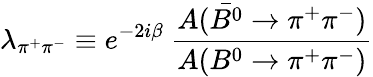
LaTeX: \lambda_{\pi^{+}\pi^{-}}\equiv e^{-2i\beta}~\frac{A(\bar{B^{0}}\to\pi^{+}\pi^{-})}{A(B^{0}\to\pi^{+}\pi^{-})}